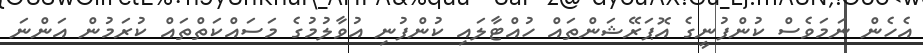
އެހެން ނަމަވެސް ކުންފުނީގެ އޮޕަރޭޝަންތައް ހުއްޓާލައި ކުންފުނި އުވާލުމުގެ މަސައްކަތްތައް ކުރަމުން އަންނަ